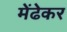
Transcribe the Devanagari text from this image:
मेंढेकर